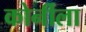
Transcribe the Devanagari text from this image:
कोर्नीला